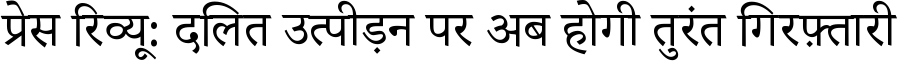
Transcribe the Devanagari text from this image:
प्रेस रिव्यू: दलित उत्पीड़न पर अब होगी तुरंत गिरफ़्तारी